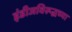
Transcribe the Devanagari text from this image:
इंडीजविरूद्धच्या